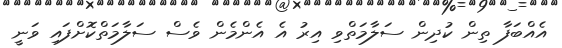
އެއްބަފާ ތިން ކުދިން ސަލާމަތްވި އިރު އެ އެންމެން ވެސް ސަލާމަތްކޮށްފައި ވަނީ